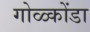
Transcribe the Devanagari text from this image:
गोळ्कोंडा